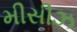
મીસીઝ